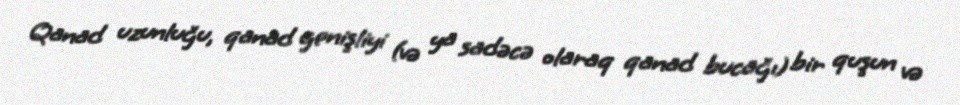
Qanad uzunluğu, qanad genişliyi (və ya sadəcə olaraq qanad bucağı) bir quşun və